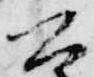
公